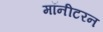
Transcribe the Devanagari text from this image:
मॉनीटरन